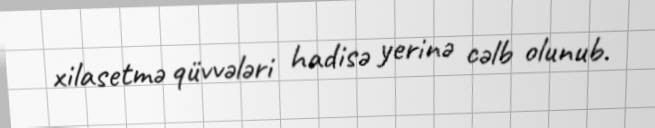
xilasetmə qüvvələri hadisə yerinə cəlb olunub.